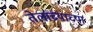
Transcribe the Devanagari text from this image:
तेलाच्याच्या